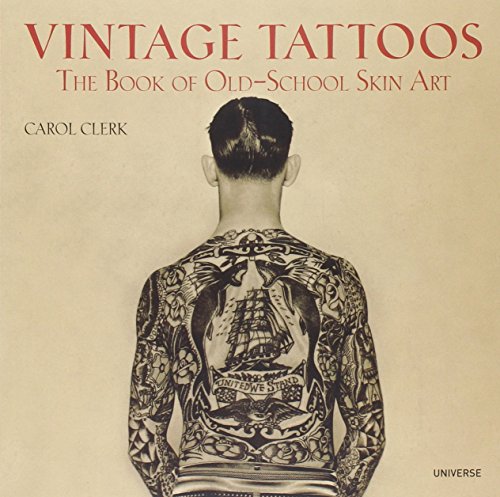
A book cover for Vintage Tattoos: The Book of Old-School Skin Art; Carol Clerk; Arts & Photography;